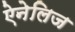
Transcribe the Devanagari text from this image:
ऐनेलिज